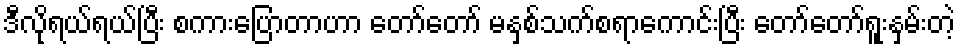
ဒီလိုရယ်ရယ်ပြီး စကားပြောတာဟာ တော်တော် မနှစ်သက်စရာကောင်းပြီး တော်တော်ရူးနှမ်းတဲ့